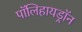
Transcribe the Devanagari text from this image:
पॉलिहायड्रॉन